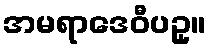
အမရာဒေဝီပဥှ။